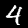
Label: 4